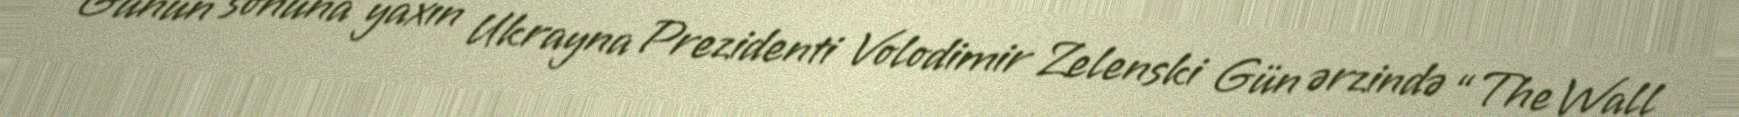
Günün sonuna yaxın Ukrayna Prezidenti Volodimir Zelenski Gün ərzində “The Wall